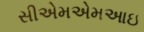
સીએમએમઆઇ